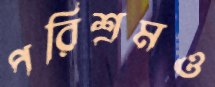
পরিশ্রমও